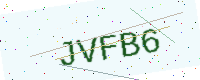
Text: JVFB6